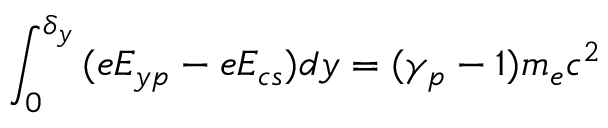
\int _ { 0 } ^ { \delta _ { y } } { ( e E _ { y p } - e E _ { c s } } ) d y = ( \gamma _ { p } - 1 ) m _ { e } c ^ { 2 }